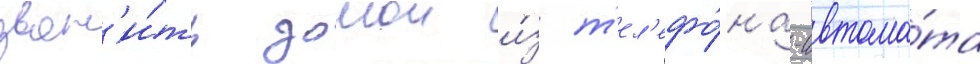
звон'и́ть домои и́з т'ел'ефо́на-автома́та